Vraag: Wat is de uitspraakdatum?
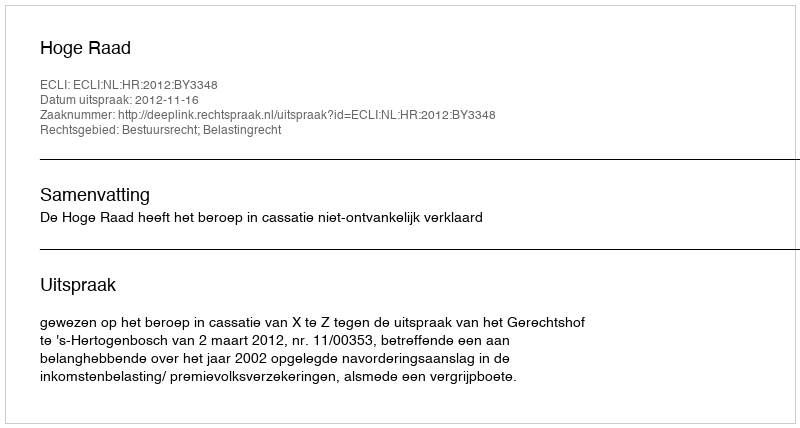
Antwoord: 2012-11-16